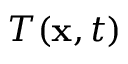
T ( \mathbf { x } , t )